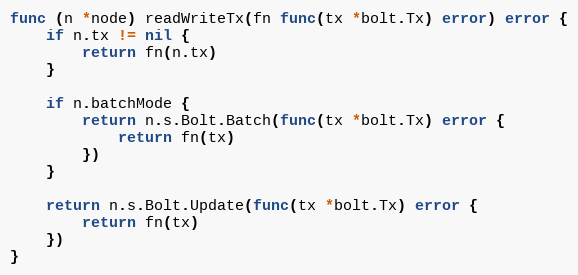
Language: Go
func (n *node) readWriteTx(fn func(tx *bolt.Tx) error) error {
	if n.tx != nil {
		return fn(n.tx)
	}

	if n.batchMode {
		return n.s.Bolt.Batch(func(tx *bolt.Tx) error {
			return fn(tx)
		})
	}

	return n.s.Bolt.Update(func(tx *bolt.Tx) error {
		return fn(tx)
	})
}